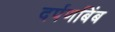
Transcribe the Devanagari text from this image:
दर्पणबिंब